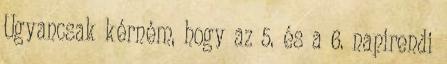
Ugyancsak kérném, hogy az 5. és a 6. napirendi